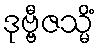
ဒုဗ္ဗီဇသ္မိံ